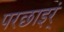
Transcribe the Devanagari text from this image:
परछाइर्ं